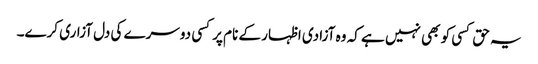
یہ حق کسی کو بھی نہیں ہے کہ وہ آزادی اظہار کے نام پرکسی دوسرے کی دل آزاری کرے۔